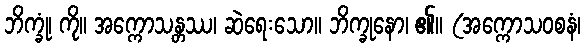
ဘိက္ခုံ၊ ကို။ အက္ကောသန္တဿ၊ ဆဲရေးသော။ ဘိက္ခုနော၊ ၏။ (အက္ကောသဝစနံ၊